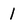
Character: 1